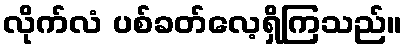
လိုက်လံ ပစ်ခတ်လေ့ရှိကြသည်။